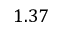
1 . 3 7